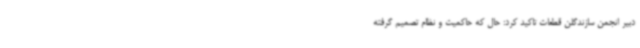
دبیر انجمن سازندگلن قطعات تاکید کرد: حال که حاکمیت و نظام تصمیم گرفته